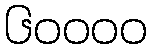
၆၀၀၀၀